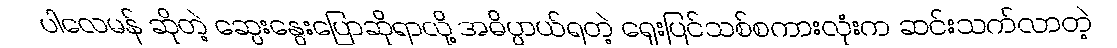
ပါလေမန် ဆိုတဲ့ ဆွေးနွေးပြောဆိုရာလို့ အဓိပ္ပာယ်ရတဲ့ ရှေးပြင်သစ်စကားလုံးက ဆင်းသက်လာတဲ့